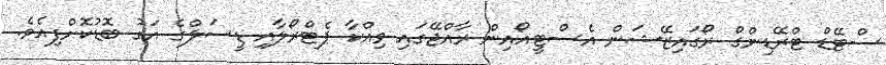
ސްޓޭޑް ޓްރޭޑިންގް ރޯގައިޒޭޝަން އެސްޓީއޯއިން ރާއްޖޭގައި ވިއްކާ ޕެޓްރޯލާއި ޑީސަލްގެ އަގު ބޮޑުކޮށްފިއެވެ.